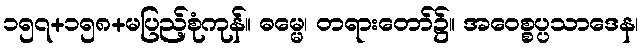
၁၅၇+၁၅၈+မပြည့်စုံကုန်။ ဓမ္မေ၊ တရားတော်၌။ အဝေစ္စပ္ပသာဒေန၊